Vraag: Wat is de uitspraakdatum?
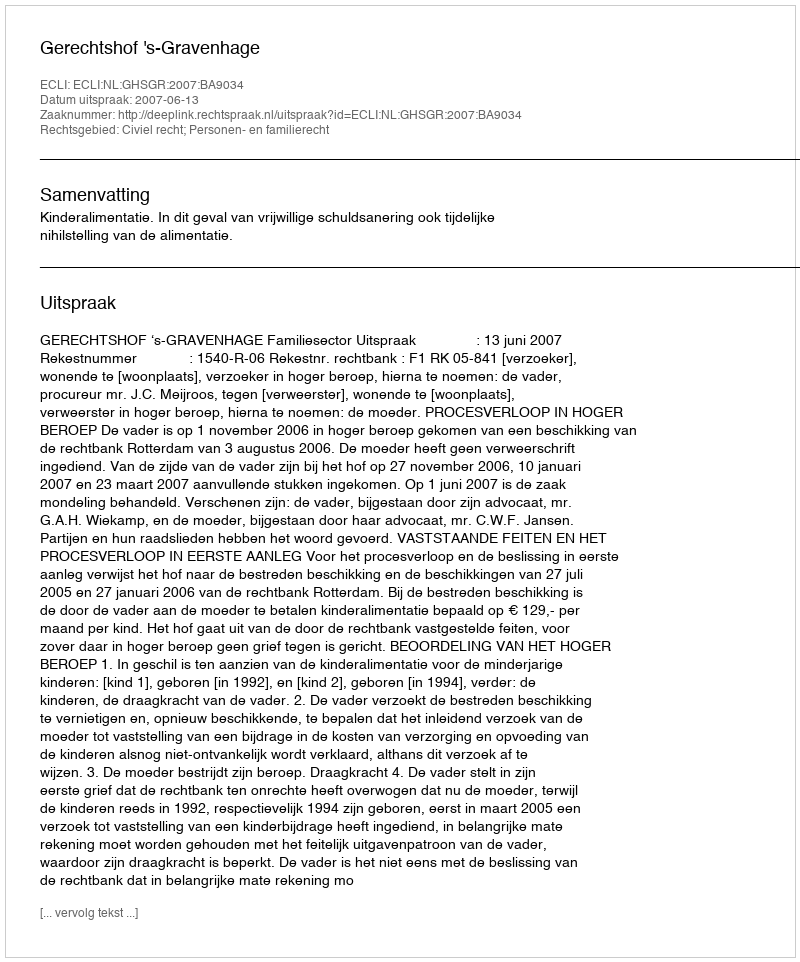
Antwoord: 2007-06-13